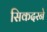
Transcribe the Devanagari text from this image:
सिकदरने